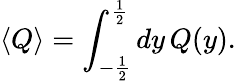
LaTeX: \langle Q\rangle=\int_{-\frac{1}{2}}^{\frac{1}{2}}dy\, Q(y).